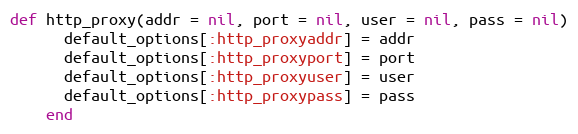
Language: Ruby
def http_proxy(addr = nil, port = nil, user = nil, pass = nil)
      default_options[:http_proxyaddr] = addr
      default_options[:http_proxyport] = port
      default_options[:http_proxyuser] = user
      default_options[:http_proxypass] = pass
    end